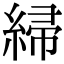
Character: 𫃲